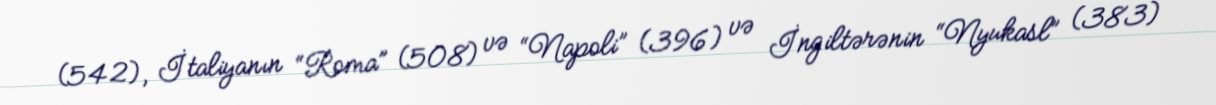
(542), İtaliyanın “Roma” (508) və “Napoli” (396) və İngiltərənin “Nyukasl” (383)